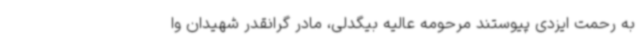
به رحمت ایزدی پیوستند مرحومه عالیه بیگدلی، مادر گرانقدر شهیدان وا